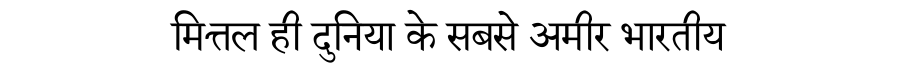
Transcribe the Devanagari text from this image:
मित्तल ही दुनिया के सबसे अमीर भारतीय